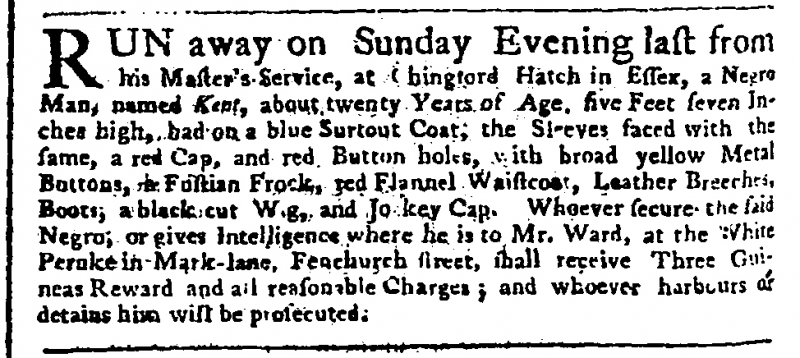
Public Advertiser, 31 January 1756 (England)
RUN away on Sunday Evening last from his Master’s Service, at Chingford Hatch in Essex, a Negro Man, named Kent, about twenty Years of Age, five Feet seven Inches high, had on a blue Surtout Coat, the Sleeves faced with the same, a red Cap, and red Button holes, with broad yellow Metal Buttons, a Fustian Frock, red Flannel Waistcoat, Leather Breeches, Boots, a black cut Wig, and Jo[c]key Cap. Whoever secure the said Negro, or gives Intelligence where he is to Mr. Ward, at the White Peruke in Mark-lane, Fenchurch street, shall receiveThree Guineas Reward and all reasonable Charges; and whoever harbours or detains him will be prosecuted.